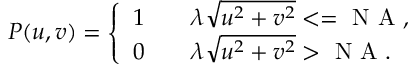
\begin{array} { r } { P ( u , v ) = \left\{ \begin{array} { l l } { 1 } & { \quad \lambda \sqrt { u ^ { 2 } + v ^ { 2 } } < = \mathrm { ~ N ~ A ~ } , } \\ { 0 } & { \quad \lambda \sqrt { u ^ { 2 } + v ^ { 2 } } > \mathrm { ~ N ~ A ~ } . } \end{array} \right. } \end{array}